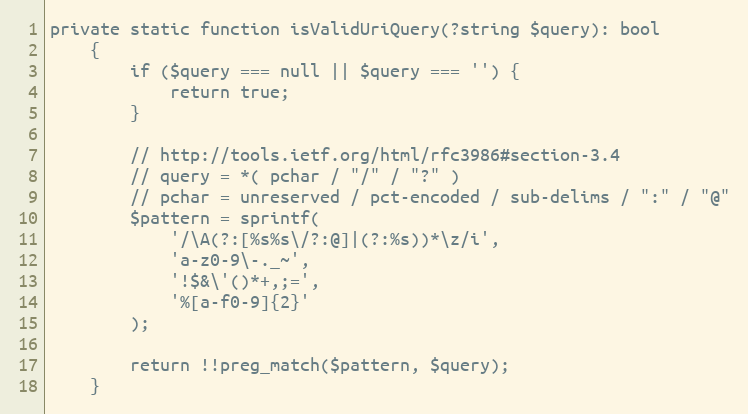
Language: PHP
private static function isValidUriQuery(?string $query): bool
    {
        if ($query === null || $query === '') {
            return true;
        }

        // http://tools.ietf.org/html/rfc3986#section-3.4
        // query = *( pchar / "/" / "?" )
        // pchar = unreserved / pct-encoded / sub-delims / ":" / "@"
        $pattern = sprintf(
            '/\A(?:[%s%s\/?:@]|(?:%s))*\z/i',
            'a-z0-9\-._~',
            '!$&\'()*+,;=',
            '%[a-f0-9]{2}'
        );

        return !!preg_match($pattern, $query);
    }